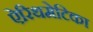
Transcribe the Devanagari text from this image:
ऐरिथमेटिका